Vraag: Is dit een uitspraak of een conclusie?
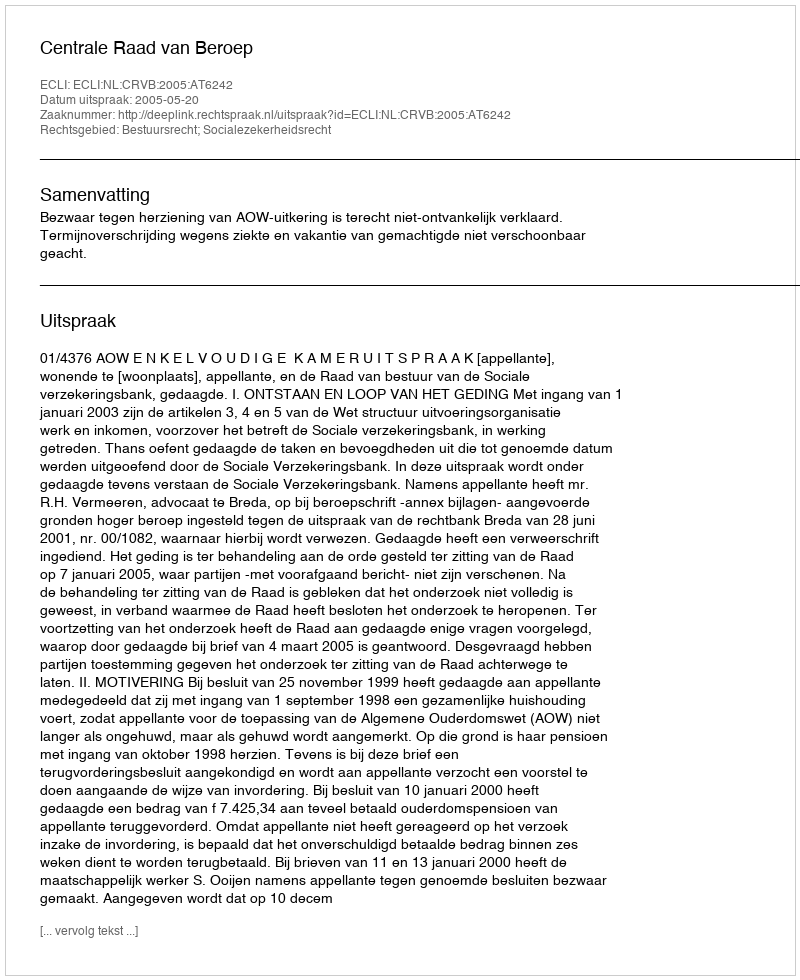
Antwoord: Uitspraak